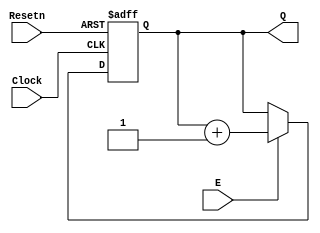
//count4.v

module count4 (Clock, Resetn, E, Q);
input Clock, Resetn, E;
output reg [3:0] Q;

always @(posedge Clock, negedge Resetn)
	if (Resetn == 0)
		Q <= 0;
	else if (E)
		Q <= Q + 1;
endmodule